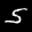
Digit: 5